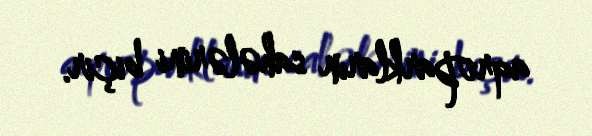
aqroparkların sahələrini biçir.